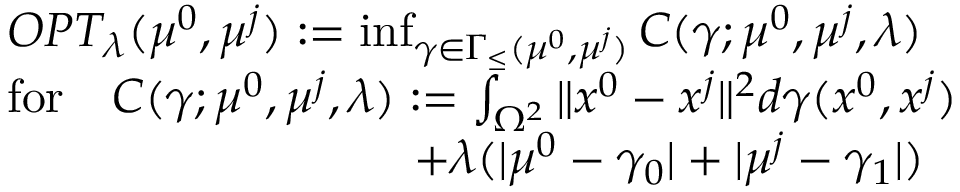
\begin{array} { r l } & { O P T _ { \lambda } ( \mu ^ { 0 } , \mu ^ { j } ) : = \operatorname* { i n f } _ { \gamma \in \Gamma _ { \leq } ( \mu ^ { 0 } , \mu ^ { j } ) } C ( \gamma ; \mu ^ { 0 } , \mu ^ { j } , \lambda ) } \\ & { \mathrm { f o r } \quad C ( \gamma ; \mu ^ { 0 } , \mu ^ { j } , \lambda ) : = \int _ { \Omega ^ { 2 } } \| x ^ { 0 } - x ^ { j } \| ^ { 2 } d \gamma ( x ^ { 0 } , x ^ { j } ) } \\ & { \qquad \, \, \, \qquad \qquad \qquad + \lambda ( | \mu ^ { 0 } - \gamma _ { 0 } | + | \mu ^ { j } - \gamma _ { 1 } | ) } \end{array}